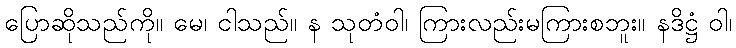
ပြောဆိုသည်ကို။ မေ၊ ငါသည်။ န သုတံဝါ၊ ကြားလည်းမကြားစဘူး။ နဒိဋ္ဌံ ဝါ၊